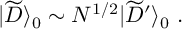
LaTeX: | { \widetilde D } \rangle _ { 0 } \sim N ^ { 1 / 2 } | { \widetilde D } ^ { \prime } \rangle _ { 0 } ~ .